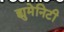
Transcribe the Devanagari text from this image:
ह्युमेनिटी